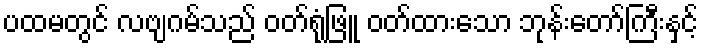
ပထမတွင် လဗျဂမ်သည် ဝတ်ရုံဖြူ ဝတ်ထားသော ဘုန်းတော်ကြီးနှင့်